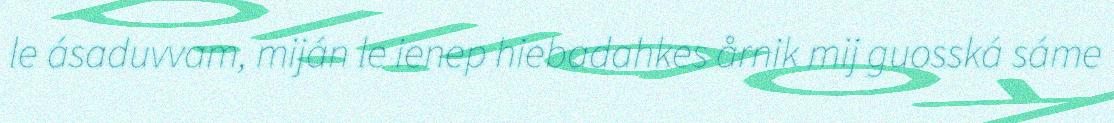
le ásaduvvam, miján le ienep hiebadahkes årnik mij guosská sáme